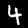
Label: 4